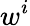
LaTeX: w^{i}